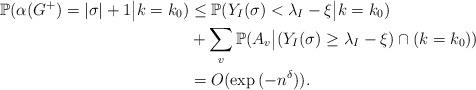
LaTeX: \begin{align*} \mathbb{P}(\alpha(G^+) = |\sigma| + 1 \big| k = k_0) &\le \mathbb{P}(Y_I(\sigma) < \lambda_I - \xi \big | k = k_0)\\ &+ \sum_v \mathbb{P}(A_v \big| (Y_I(\sigma) \ge \lambda_I - \xi) \cap (k = k_0))\\ &=O(\exp {(-n^\delta)}). \end{align*}